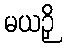
မယဉှိ